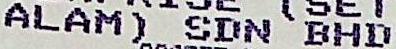
ALAM) SDN BHD